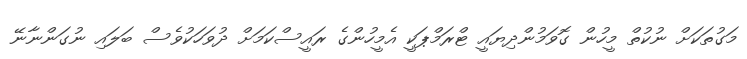
މަގުތަކަށް ނުކުތް މީހުން ގޮވަމުންދިޔައީ ޓްރަމްޕަކީ އެމީހުންގެ ރައީސްކަމަށް ދުވަހަކުވެސް ބަލައި ނުގަންނާނޭ